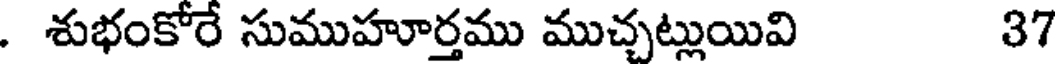
. శుభంకోరే సుముహూర్తము ముచ్చట్లుయివి 37